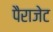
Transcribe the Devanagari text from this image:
पैराजेट